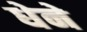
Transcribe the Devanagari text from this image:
धेने